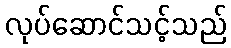
လုပ်ဆောင်သင့်သည်